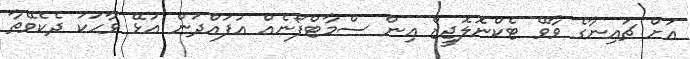
އަށް ޗައިނާގެ ވާވޭ ޓެކްނޮލޮޖީޒް އިން ސްމާޓްފޯނެއް އުފައްދަން އުޅޭ ވާހަކަ ދެކެވޭތާ